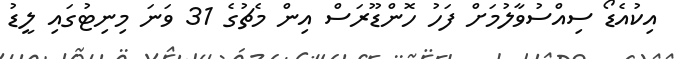
އިކުއެޑޯ ސިއްސުވާލުމަށް ފަހު ހޮންޑޫރަސް އިން މެޗުގެ 31 ވަނަ މިނިޓުގައި ލީޑު